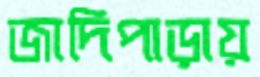
জাদিপাড়ায়